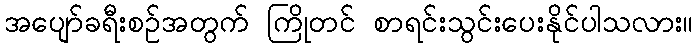
အပျော်ခရီးစဉ်အတွက် ကြိုတင် စာရင်းသွင်းပေးနိုင်ပါသလား။